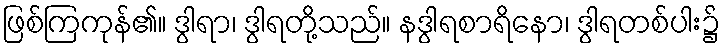
ဖြစ်ကြကုန်၏။ ဒွါရာ၊ ဒွါရတို့သည်။ နဒွါရစာရိနော၊ ဒွါရတစ်ပါး၌